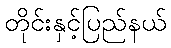
တိုင်းနှင့်ပြည်နယ်